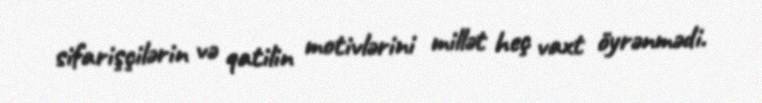
sifarişçilərin və qatilin motivlərini millət heç vaxt öyrənmədi.